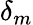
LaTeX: \delta_{m}